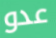
عدو